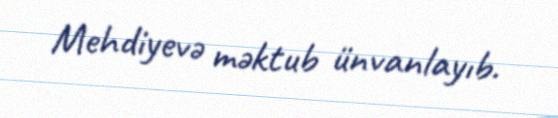
Mehdiyevə məktub ünvanlayıb.